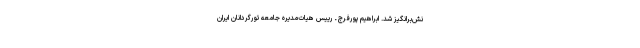
نش‌برانگیز شد. ابراهیم پورفرج ـ رییس هیات‌مدیره جامعه تورگردانان ایران